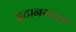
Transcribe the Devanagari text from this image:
इटानगरला